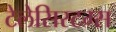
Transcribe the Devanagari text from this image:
टेलेसिस्टम्स